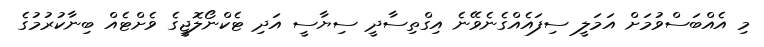
މި އެއްބަސްވުމަށް އަމަލީ ސިފައެއްގެނެވޭނެ އިގްތިސާދީ ސިޔާސީ އަދި ޓެކްނޯލޮޖީގެ ވެށްޓެއް ބިނާކުރުމުގެ